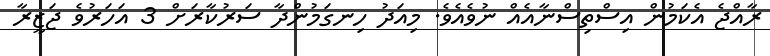
ރާއްޖެ އެކަމުން އިސްތިސްނާއެއް ނުވެއެވެ. މިއަދު ހިނގަމުންދާ ސަރުކާރަށް 3 އަހަރުވެ ޖަޒީރާ